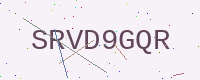
Text: SRVD9GQR